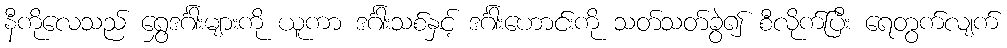
နီကိုလေသည် ရွှေဒင်္ဂါးများကို ယူကာ ဒင်္ဂါးသစ်နှင့် ဒင်္ဂါးဟောင်းကို သတ်သတ်ခွဲ၍ စီလိုက်ပြီး ရေတွက်လျက်